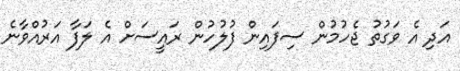
އަދި އެ ވަގުތު ޖެހުމުން ސިފައިން ފުލުހުން ރައީސަށް އެ ލަފާ އަރުއްވާނެ